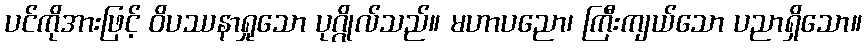
ပင်ကိုအားဖြင့် ဝိပဿနာရှုသော ပုဂ္ဂိုလ်သည်။ မဟာပညော၊ ကြီးကျယ်သော ပညာရှိသော။